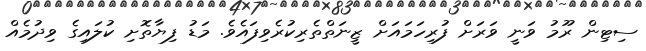
ސިޓިން ރޫމު ވަނީ ވަރަށް ފުރިހަމައަށް ޒީނަތްތެރިކުރެވިފައެވެ. މަޑު ފިޔާތޮށި ކުލައިގެ ވިދުމެއް